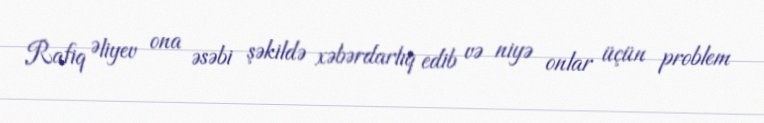
Rafiq Əliyev ona əsəbi şəkildə xəbərdarlıq edib və niyə onlar üçün problem